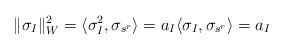
LaTeX: \begin{align*}\| \sigma_I \|_W^2 = \langle \sigma_I^2, \sigma_{s^r} \rangle = a_I \langle \sigma_I, \sigma_{s^r} \rangle = a_I\end{align*}